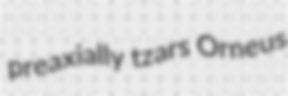
preaxially tzars Orneus